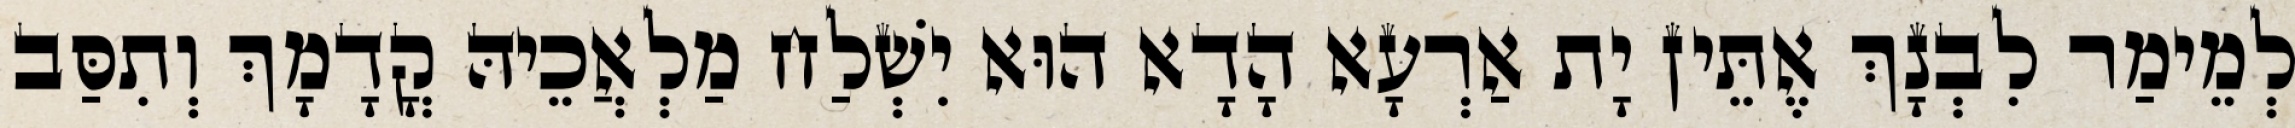
לְמֵימַר לִבְנָךְ אֶתֵּין יָת אַרְעָא הָדָא הוּא יִשְׁלַח מַלְאֲכֵיהּ קֳדָמָךְ וְתִסַּב